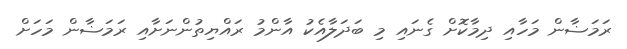
ރަމަޟާން މަހާއި ދިމާކޮށް ގެނައި މި ބަދަލާއެކު އާންމު ރައްޔިތުންނަށާއި ރަމަޟާން މަހަށް